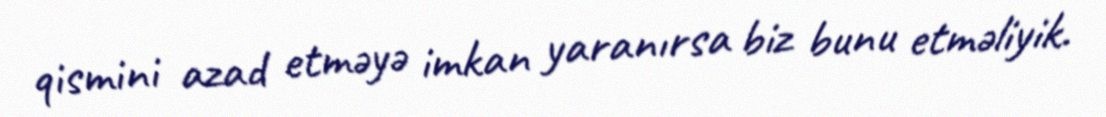
qismini azad etməyə imkan yaranırsa biz bunu etməliyik.